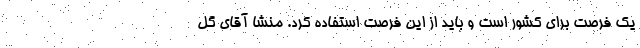
یک فرصت برای کشور است و باید از این فرصت استفاده کرد. منشا آقای گل